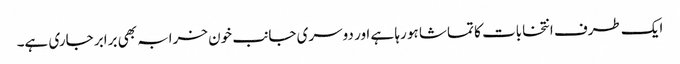
ایک طرف انتخابات کا تماشا ہو رہا ہے اور دوسری جانب خون خرابہ بھی برابر جاری ہے۔